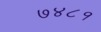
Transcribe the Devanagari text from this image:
७४८१